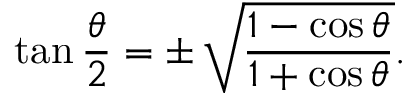
\tan { \frac { \theta } { 2 } } = \pm \, { \sqrt { \frac { 1 - \cos \theta } { 1 + \cos \theta } } } .